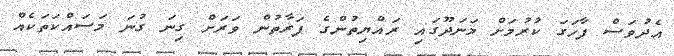
އެދުވަސް ފާހަގަ ކުރުމަށް މަނަދޫގައި ރައްޔިތުންގެ ފަރާތުން ވަރަށް ގިނަ ގުނަ މަސައްކަތަކެއް